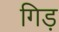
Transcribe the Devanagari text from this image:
गिड़